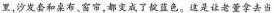
里.沙发套和桌布、窗帘。都变成了靛蓝色。这是让老董拿去当